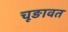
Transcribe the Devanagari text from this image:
चूङावत